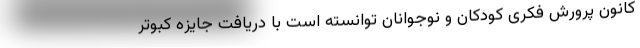
کانون پرورش فکری کودکان و نوجوانان توانسته است با دریافت جایزه کبوتر